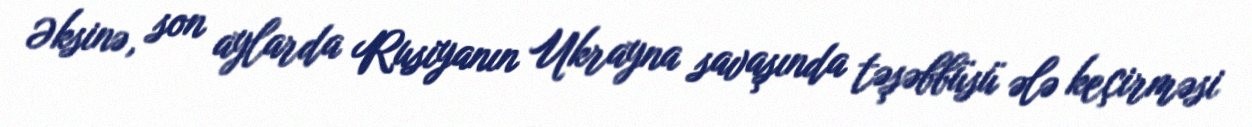
Əksinə, son aylarda Rusiyanın Ukrayna savaşında təşəbbüsü ələ keçirməsi